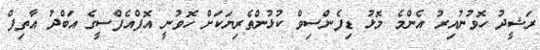
ރަޝީދު ހޮވުނުއިރު އެންމެ މޮޅު ޑިފެންސިވް ކުޅުންތެރިޔަކަށް ހޮވުނީ އޮފްއެފްސީގެ އަބްދު އާތިފް